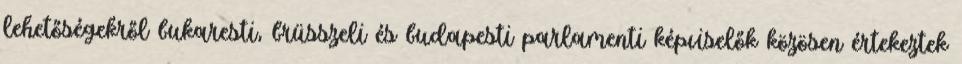
lehetőségekről bukaresti, brüsszeli és budapesti parlamenti képviselők közösen értekeztek